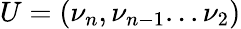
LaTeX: U=(\nu_{n},\nu_{n-1}...\nu_{2})